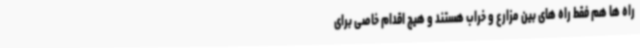
راه ها هم فقط راه های بین مزارع و خراب هستند و هیچ اقدام خاصی برای